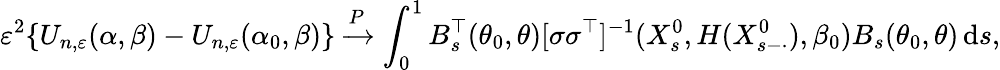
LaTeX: \varepsilon^{2}\{ U_{n,\varepsilon}(\alpha,\beta)-U_{n,\varepsilon}(\alpha_{0},\beta)\} \xrightarrow{P}\int_{0}^{1}B_{s}^{\top}(\theta_{0},\theta)[\sigma\sigma^{\top}]^{-1}(X_{s}^{0},H(X_{s-\cdot}^{0}),\beta_{0})B_{s}(\theta_{0},\theta)\, \mathrm{d}s,